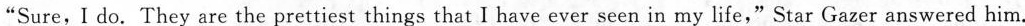
"Sure, I do. They are the prettiest things that I have ever seen in my life,"Star Gazer answered him.